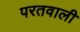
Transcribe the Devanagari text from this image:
परतवाली